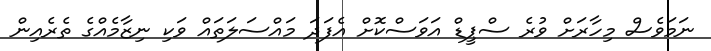
ނަމަވެސް މިހާރަށް ވުރެ ސްޕީޑް އަވަސްކޮށް އެފަދަ މައްސަލަތައް ވަކި ނިޒާމެއްގެ ތެރެއިން